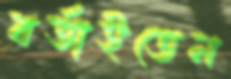
বর্তাইতেন